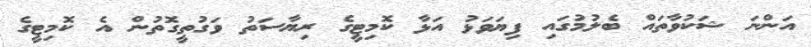
އަންނަ ޝަކުވާތައް ބެލުމުގައި ފިޔަވަޅު އަޅާ ކޮމިޓީގެ ރިޔާސަތު ވަގުތީގޮތުން އެ ކޮމިޓީގެ